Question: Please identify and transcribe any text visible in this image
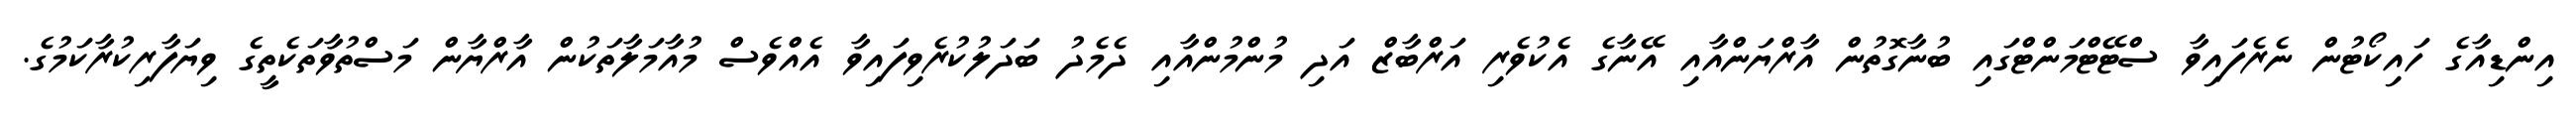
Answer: އިންޑިއާގެ ހައިކޯޓުން ނެރެފައިވާ ސްޓޭޓްމަންޓްގައި ބުނާގޮތުން އާރްޔަންއާއި އޭނާގެ އެކުވެރި އަރްބާޒް އަދި މުންމުންއާއި ދެމެދު ބަދަލުކުރެވިފައިވާ އެއްވެސް މުއާމަލާތަކުން އާރްޔާން މަސްތުވާތަކެތީގެ ވިޔަފާރިކުރާކަމުގެ.